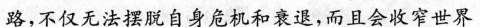
路，不仅无法摆脱自身危机和衰退，而且会收窄世界